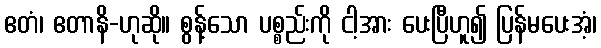
ဧတံ၊ ဧတာနိ-ဟုဆို။ စွန့်သော ပစ္စည်းကို ငါ့အား ပေးပြီဟူ၍ ပြန်မပေးအံ့၊